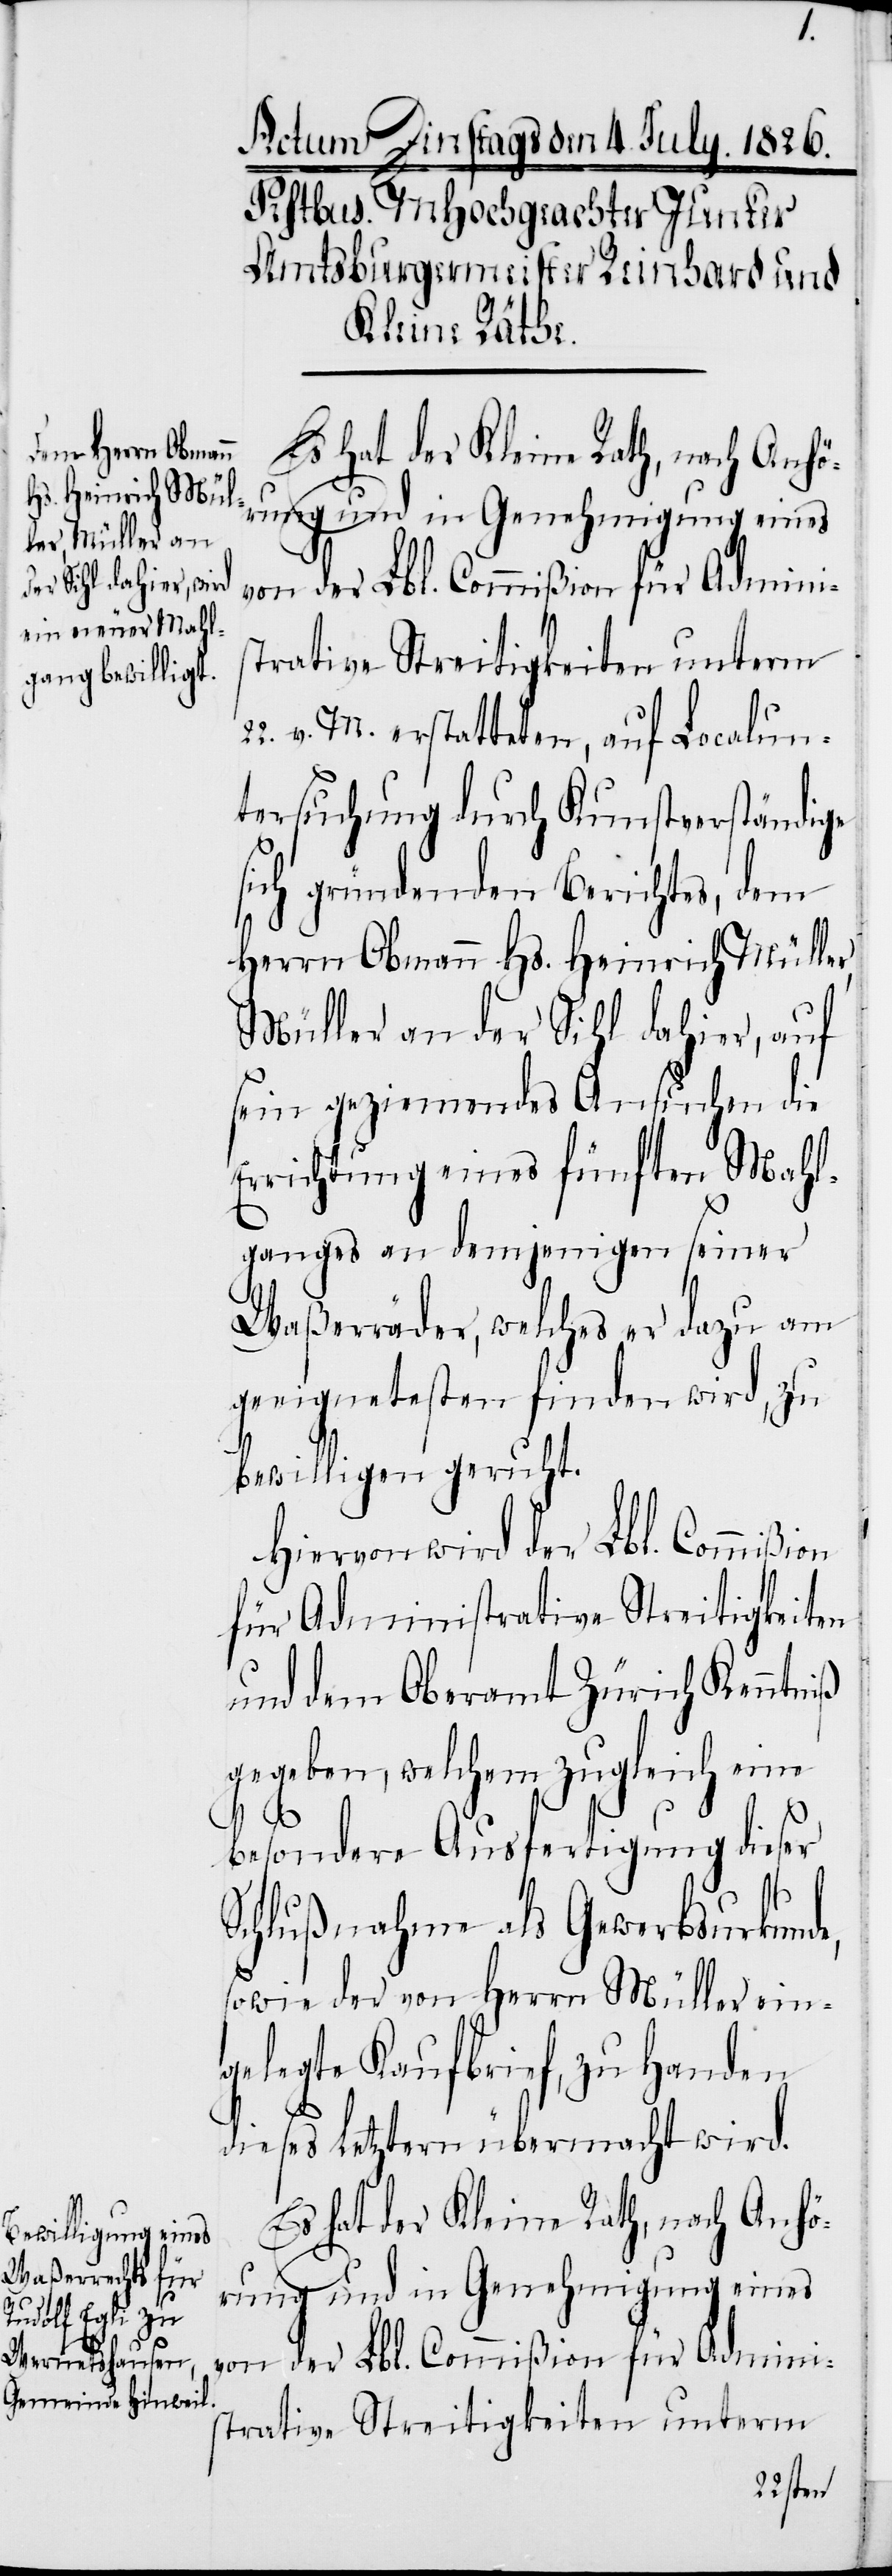
Es hat der Kleine Rath, nach Anhö¬
rung und in Genehmigung eines
von der Lbl. Commißion für Admini¬
strative Streitigkeiten unterm
22. v. M. erstatteten, auf Localun¬
tersuchung durch Kunstverständige
sich gründenden Berichtes, dem
Herrn Obmann Hs. Heinrich Müller,
Müller an der Sihl dahier, auf
sein geziemendes Ansuchen die
Errichtung eines fünften Mahl¬
ganges an demjenigen seiner
Waßerräder, welches er dazu am
geeignetesten finden wird, zu
bewilligen geruht.
Hiervon wird der Lbl. Commißion
für Administrative Streitigkeiten
und dem Oberamt Zürich Kenntniß
gegeben, welchem zugleich eine
besondere Ausfertigung dieser
Schlußnahme als Gewerbsurkunde,
sowie der von Herrn Müller ein¬
gelegte Kaufbrief, zu Handen
dieses Letztern übermacht wird.
von der Lbl. Commißion für Admini¬
strative Streitigkeiten unterm